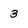
Character: 3